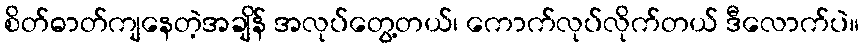
စိတ်ဓာတ်ကျနေတဲ့အချိန် အလုပ်တွေ့တယ်၊ ကောက်လုပ်လိုက်တယ် ဒီလောက်ပဲ။